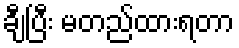
ချီပြီး မတည်ထားရတာ